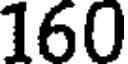
160